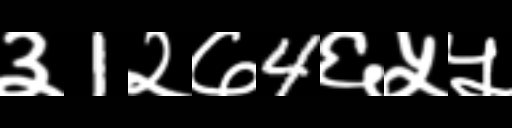
Text: ३1२७4६५५